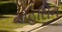
મોહસિન